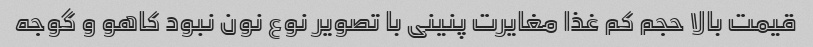
قیمت بالا حجم کم غذا مغایرت پنینی با تصویر نوع نون نبود کاهو و گوجه